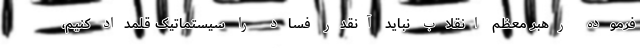
فرموده رهبر معظم انقلاب نباید آنقدر فساد را سیستماتیک قلمداد کنیم،